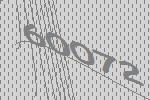
60072